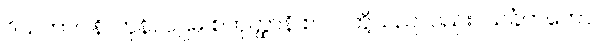
ဝိသဘာဂါနိ၊ ကုန်။ ပဌမ စတုတ္ထာနိ စာပိ၊ တို့သည်လည်း။ သင်္ခတတော၊